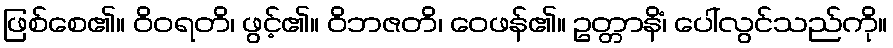
ဖြစ်စေ၏။ ဝိဝရတိ၊ ဖွင့်၏။ ဝိဘဇတိ၊ ဝေဖန်၏။ ဥတ္တာနိံ၊ ပေါ်လွင်သည်ကို။